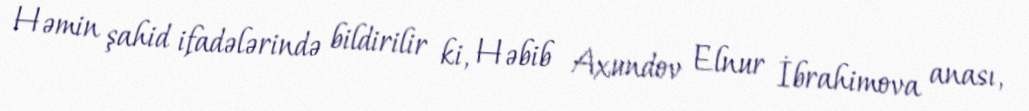
Həmin şahid ifadələrində bildirilir ki, Həbib Axundov Elnur İbrahimova anası,